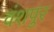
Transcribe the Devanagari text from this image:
वंशपुर